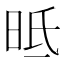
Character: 㫝